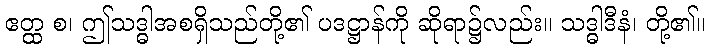
ဧတ္ထ စ၊ ဤသဒ္ဓါအစရှိသည်တို့၏ ပဒဋ္ဌာန်ကို ဆိုရာ၌လည်း။ သဒ္ဓါဒီနံ၊ တို့၏။